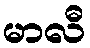
မာလီ